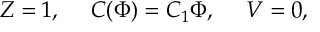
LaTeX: Z = 1 , \ \ \ \ C ( \Phi ) = C _ { 1 } \Phi , \ \ \ \ V = 0 ,